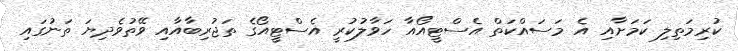
ކުރިމަތިލި ކަމަށާއި އެ މަސައްކަތް އެސްޓީއޯއާ ހަވާލުކުރީ އެސްޓީއޯގެ ތަޖުރިބާއާއި ވޭތުވެދިޔަ ތަނުގައި